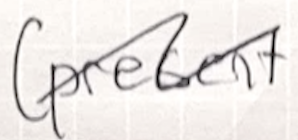
Text: (present
Cross-out: wave
Writing tool: ballpoint